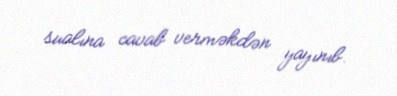
sualına cavab verməkdən yayınıb.